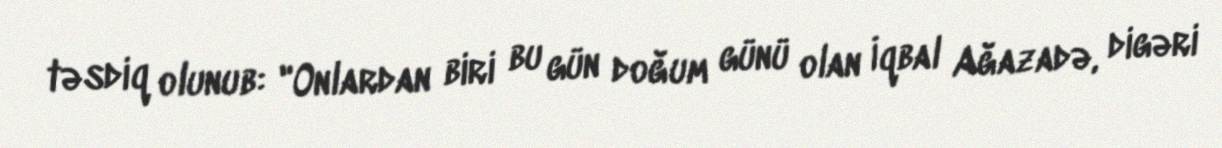
təsdiq olunub: "Onlardan biri bu gün doğum günü olan İqbal Ağazadə, digəri